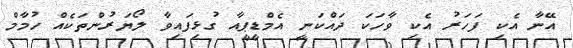
އޭނާ އެކި ފަހަރު އެކި ވާހަކަ ދައްކަނީ އެމްޑީޕީއާ ގުޅިފައިވާ ލޯޔަރުންތަކެއް ހުމާމް